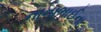
નાનાભાઈના